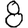
Digit: 8